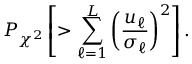
P _ { \chi ^ { 2 } } \left[ > \sum _ { \ell = 1 } ^ { L } \left( \frac { u _ { \ell } } { \sigma _ { \ell } } \right) ^ { 2 } \right] .